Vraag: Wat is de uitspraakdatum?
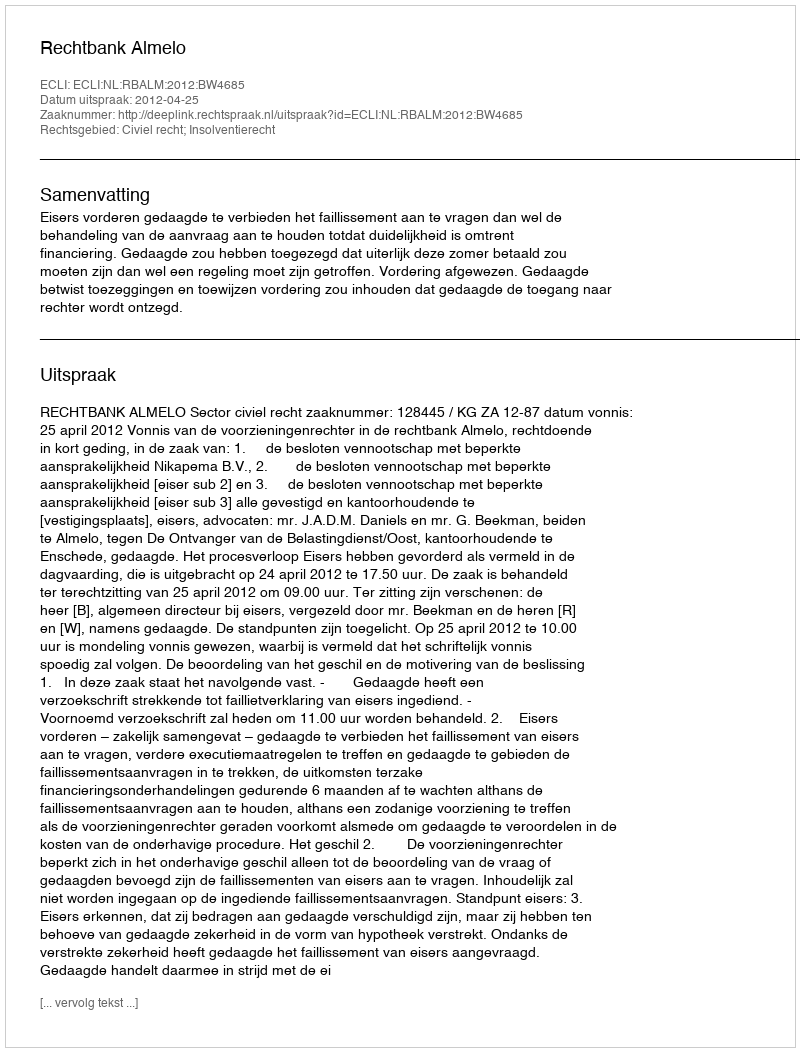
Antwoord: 2012-04-25